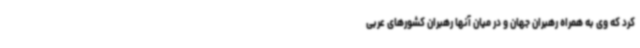
کرد که وی به همراه رهبران جهان و در میان آنها رهبران کشورهای عربی